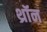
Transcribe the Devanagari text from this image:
थ्रॉन